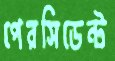
পেরসিডেন্ট